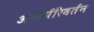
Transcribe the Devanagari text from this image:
अन्तर्परिवर्तन